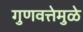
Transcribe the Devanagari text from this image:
गुणवत्तेमुळे